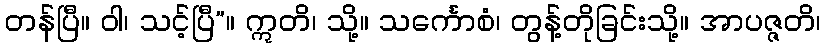
တန်ပြီ။ ဝါ၊ သင့်ပြီ”။ ဣတိ၊ သို့။ သင်္ကောစံ၊ တွန့်တိုခြင်းသို့။ အာပဇ္ဇတိ၊